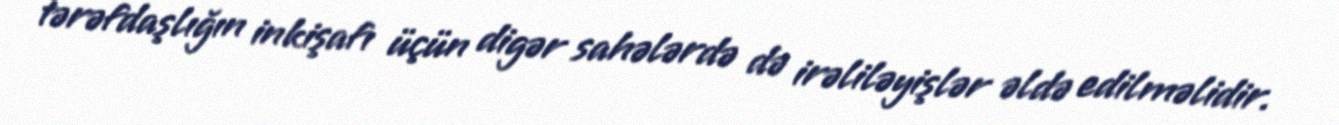
tərəfdaşlığın inkişafı üçün digər sahələrdə də irəliləyişlər əldə edilməlidir.